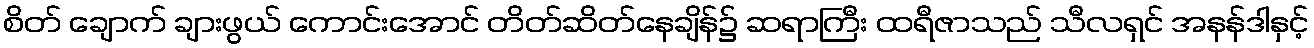
စိတ် ချောက် ချားဖွယ် ကောင်းအောင် တိတ်ဆိတ်နေချိန်၌ ဆရာကြီး ထရီဇာသည် သီလရှင် အနန်ဒါနှင့်